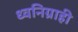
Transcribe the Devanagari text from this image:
ध्वनिग्राही